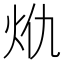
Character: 𭴍